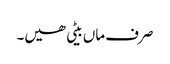
صرف ماں بیٹی ھیں۔